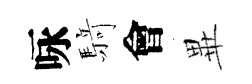
咏𮪍會𭺾